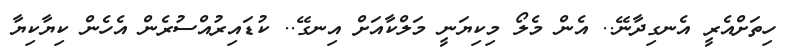
ހިތަށްއެރީ އެނގިދާނޭ.. އެން މެލޯ މިކިޔަނީ މަލްކާއަށް އިނގޭ.. ކުޑައިރުއްސުރެން އެހެން ކިޔާކިޔާ